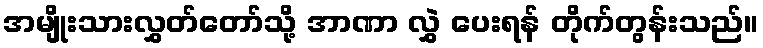
အမျိုးသားလွှတ်တော်သို့ အာဏာ လွှဲ ပေးရန် တိုက်တွန်းသည်။